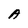
Character: A